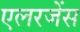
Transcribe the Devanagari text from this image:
एलरजेंस